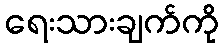
ရေးသားချက်ကို